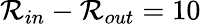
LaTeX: \mathcal{R}_{in}-\mathcal{R}_{out}=10